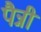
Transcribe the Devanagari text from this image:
पैन्नी